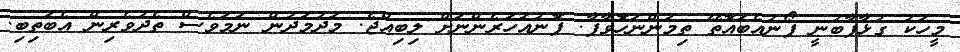
މީހަކު ގުޅާފާބުނީ ފޯނުއެބައޮތޭ ތިމަންނަހޮވާފާ. ފޮނުއަހަރެންނަށް ލިބިއްޖެ. މަދުމަދުން ނަމަވެސް ތެދުވެރިން އެބަތިބި.